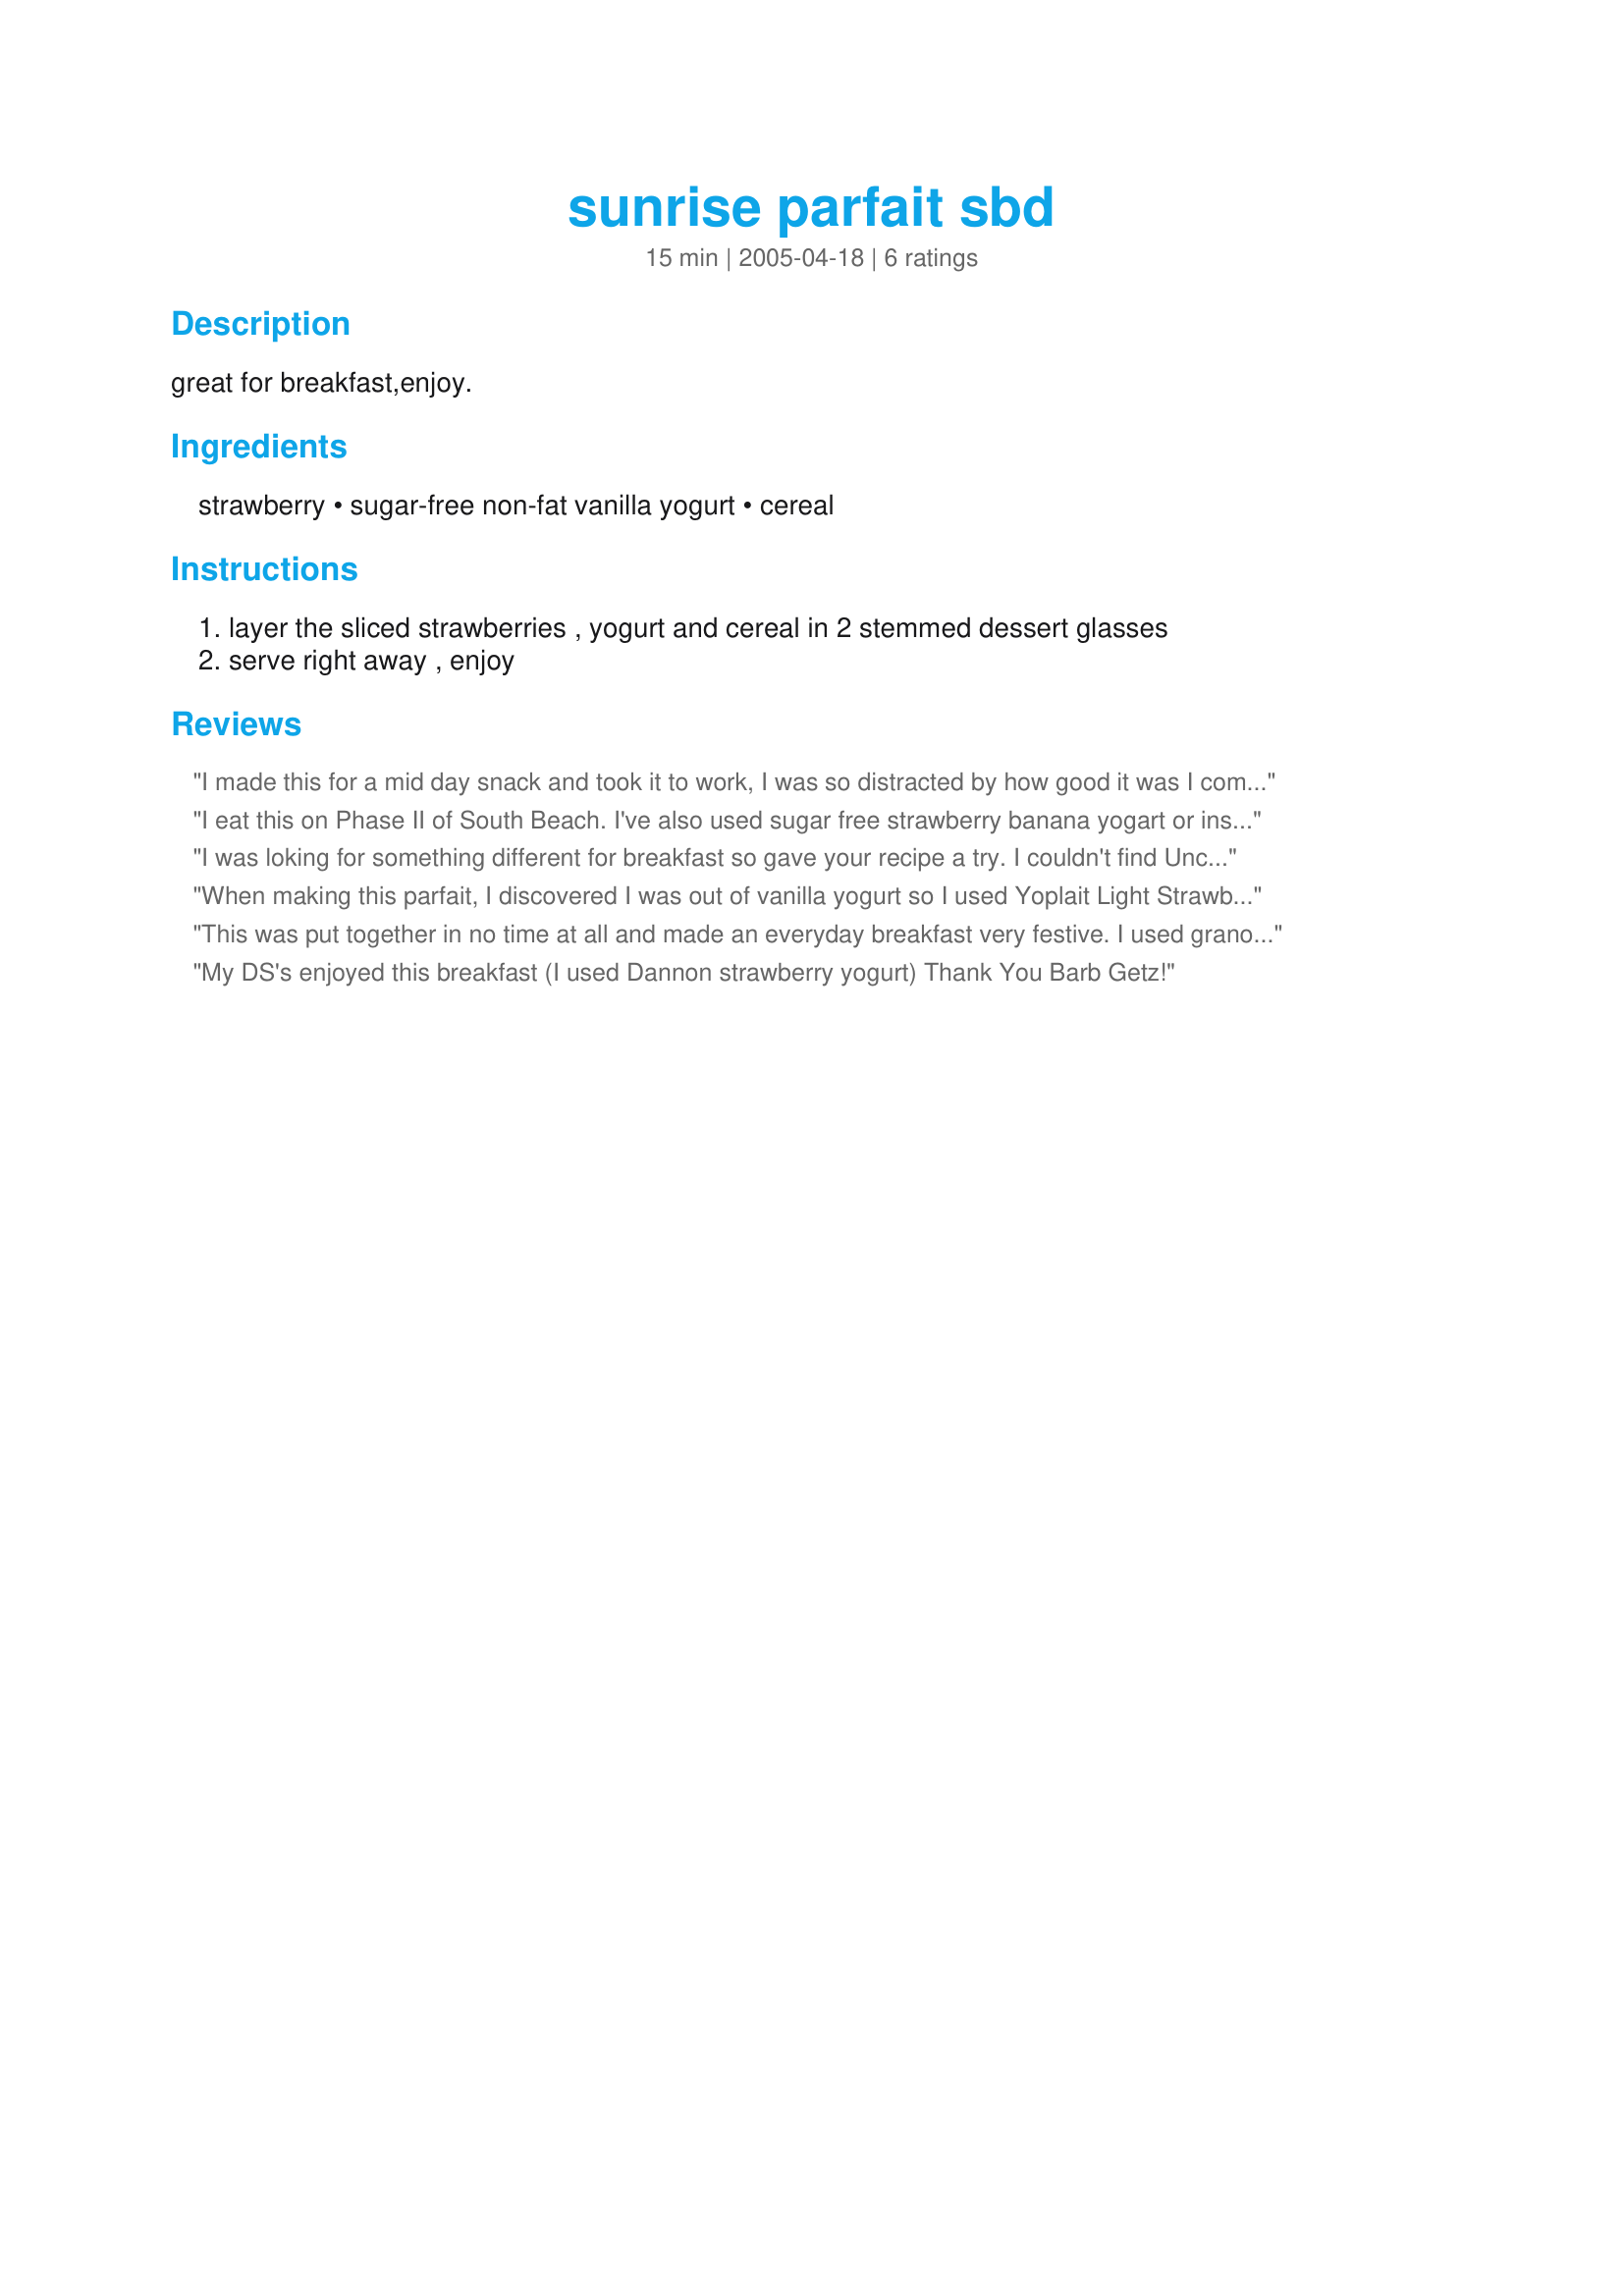
sunrise parfait sbd
Preparation time: 15 minutes

great for breakfast,enjoy.

Ingredients:
strawberry, sugar-free non-fat vanilla yogurt, cereal

Steps:
layer the sliced strawberries , yogurt and cereal in 2 stemmed dessert glasses, serve right away , enjoy

Reviews:
I made this for a mid day snack and took it to work, I was so distracted by how good it was I completely lost concentration on what I was doing! Thanks Barb.
I eat this on Phase II of South Beach. I've also used sugar free strawberry banana yogart or instead of strawberries, I've substituted other berries with other berry flavored yogarts such as blueberries with sugar free blueberry yogart, etc. I've been able to find Uncle Sam cereal at only my local Super Walmart.
I was loking for something different for breakfast so gave your recipe a try. I couldn't find Uncle Sam cereal so I used regular granola. I liked it but the rest of my family wasn't to crazy for it because they don't like yogurt.

Thanks Barb Gertz

Bullwinkle
When making this parfait, I discovered I was out of vanilla yogurt so I used Yoplait Light Strawberries 'n Banana flavor. My grocery store does not carry Uncle Sam cereal, so I substituted with Special K Cinnamon & Pecan cereal. A quick, healthy and yummy breakfast!
This was put together in no time at all and made an everyday breakfast very festive. I used granola and low fat vanilla yogurt.
This treat will be made again!
My DS's enjoyed this breakfast (I used Dannon strawberry yogurt)
Thank You Barb Getz!
